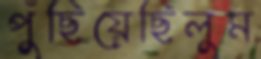
পুঁছিয়েছিলুম